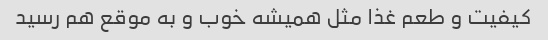
کیفیت و طعم غذا مثل همیشه خوب و به موقع هم رسید